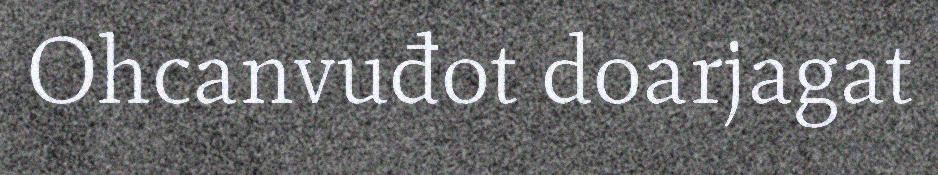
Ohcanvuđot doarjagat